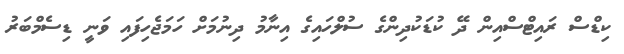
ކިޑްސް ރައިޓްސްއިން ދޭ ކުޑަކުދިންގެ ސުލްހައިގެ އިނާމު ދިނުމަށް ހަމަޖެހިފައި ވަނީ ޑިސެމްބަރު